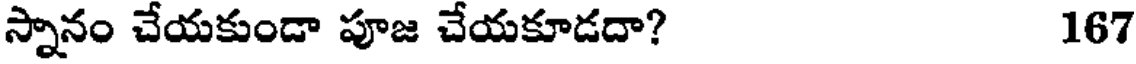
స్నానం చేయకుండా పూజ చేయకూడదా? 167